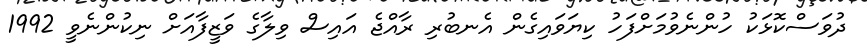
ދުވަސްކޮޅަކު ހުންނެވުމަށްފަހު ކިޔަވައިގެން އެނބުރި ރާއްޖެ އައިސް ވިލާގެ ވަޒީފާއަށް ނިކުންނެވީ 1992